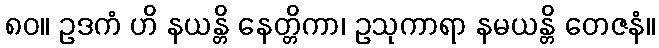
၈၀။ ဥဒကံ ဟိ နယန္တိ နေတ္တိကာ၊ ဥသုကာရာ နမယန္တိ တေဇနံ။